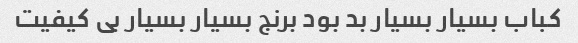
کباب بسیار بسیار بد بود برنج بسیار بسیار بی کیفیت